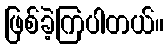
ဖြစ်ခဲ့ကြပါတယ်။